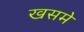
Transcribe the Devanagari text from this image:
खसमे